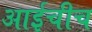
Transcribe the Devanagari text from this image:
आईचीच